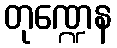
တုဏ္ဍေန